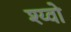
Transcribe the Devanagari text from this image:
श्य्वो